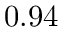
0 . 9 4